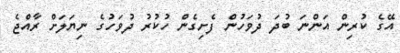
އޭގެ ކުރިން އަންނަ ބުދަ ދުވަހުން ފެށިގެން ހުކުރު ދުވަހުގެ ނިޔަލަށް ރާއްޖެ